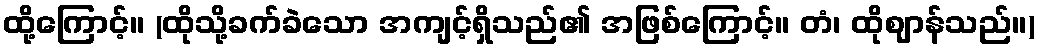
ထို့ကြောင့်။ (ထိုသို့ခက်ခဲသော အကျင့်ရှိသည်၏ အဖြစ်ကြောင့်။ တံ၊ ထိုဈာန်သည်။)